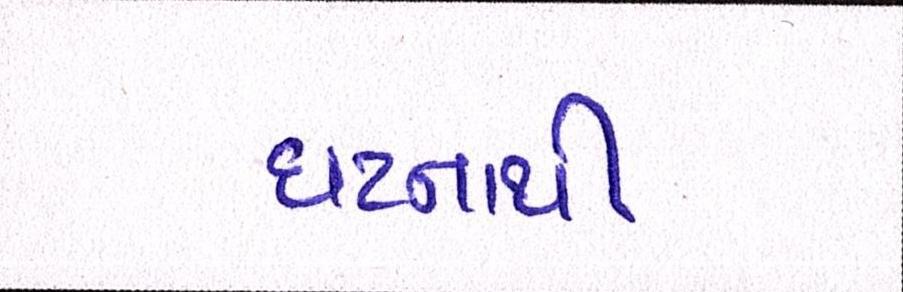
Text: ઘટનાથી